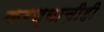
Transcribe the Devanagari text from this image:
करण्‍याचीही